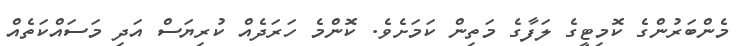
މެންބަރުންގެ ކޮމިޓީގެ ލަފާގެ މަތިން ކަމަށެވެ. ކޮންމެ ހަރަދެއް ކުރިޔަސް އަދި މަސައްކަތެއް